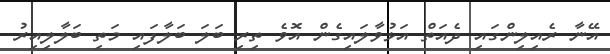
އޭނާ ރެއިލިންގައި ދެއަތް އަޅުވާލައިގެން އޮވެ ތިރި ބަލަ ބަލާފައި މަތި ބަލާލިއިރު